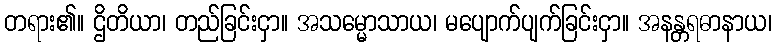
တရား၏။ ဌိတိယာ၊ တည်ခြင်းငှာ။ အသမ္မောသာယ၊ မပျောက်ပျက်ခြင်းငှာ။ အနန္တရဓာနာယ၊